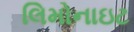
લિમોનાઇટ